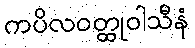
ကပိလဝတ္ထုဝါသီနံ